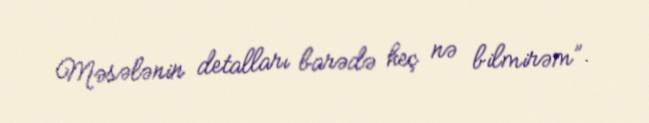
Məsələnin detalları barədə heç nə bilmirəm”.